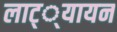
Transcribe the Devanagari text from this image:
लाट््यायन